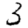
Digit: 3